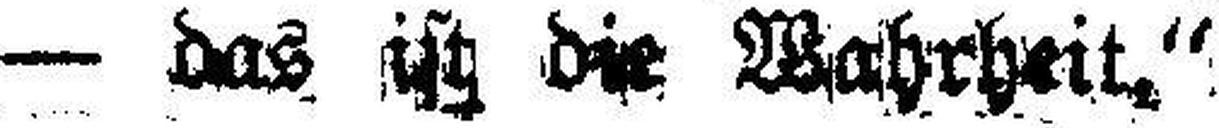
auf Sie — das ist die Wahrheit.“